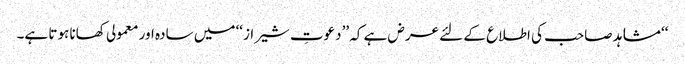
‘‘ مشاہد صاحب کی اطلاع کے لئے عرض ہے کہ ’’دعوتِ شیراز‘‘ میں سادہ اور معمولی کھانا ہوتا ہے۔